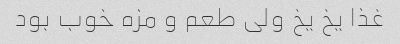
غذا یخ یخ ولی طعم و مزه خوب بود